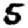
Digit: 5